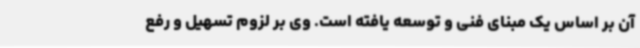
آن بر اساس یک مبنای فنی و توسعه یافته است. وی بر لزوم تسهیل و رفع